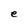
Character: e